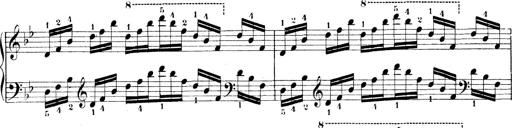
Title: Technische Studien
Composer: Franz Liszt